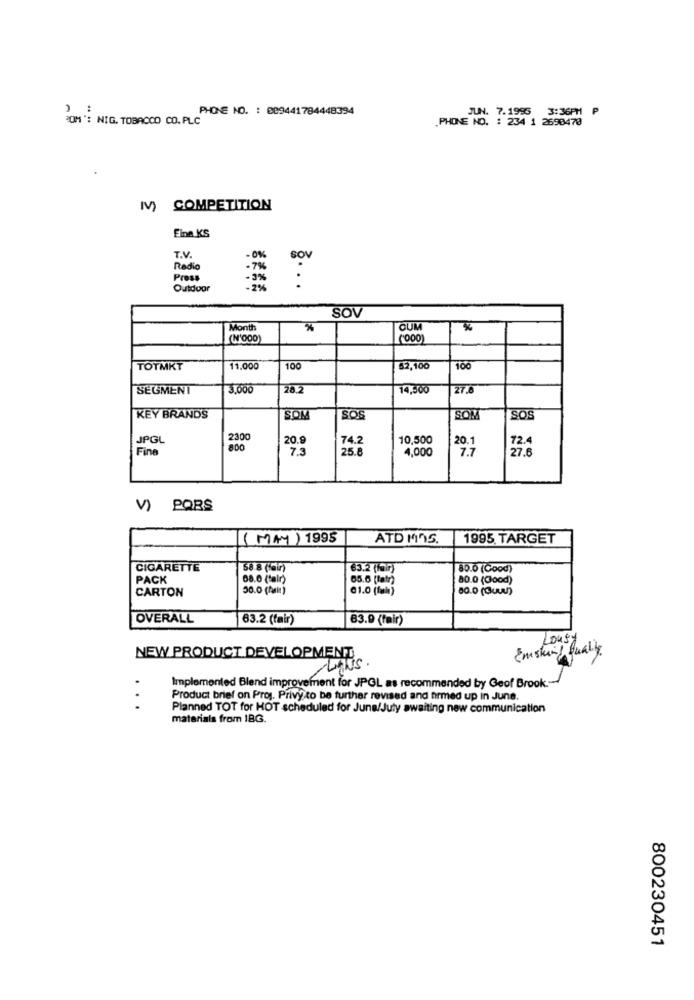
:
PHONE NO. : 009441784448394
JUN. 7.1995 3:36PM P
POM ": NIG. TOBACCO CO. PLC
.PHONE NO. : 234 1 2698470
M) COMPETITION
Eine KS
T.V.
-0%
SOM
Radio
Press
Outdoor
.2%
..
sov
Month
%%
CUM
(N'ODO)
TOTMKT
11,000
100
52,100
100
SEGMENT
3.000
26.2
14,500
27.6
KEY BRANDS
SOM
SOS
SOM
SOS
JPGL
2300
20.
74.2
10,500
20.1
72.4
Fine
800
7.3
25.8
4,000
7.7
27.6
V) PORS
( MAY) 1995
ATD MAS.
1995 TARGET
CIGARETTE
58.8 (fair)
63.2 (fr)
80.0 (Good)
PACK
08.0 (tair)
65.6 [tatr)
80.0 (Good)
CARTON
30.0 (fair )
@1.0 (fala)
80.0 (4)
OVERALL
63.2 (fair)
83.9 (fmir)
Lousy
Emsking Quality
NEW PRODUCT DEVELOPMENT
/ANS.
Implemented Blend improvement for JPGL as recommended by Geof Brook .-
Product brief on Proj. Privy to be further revised and firmed up in June.
...
Planned TOT for HOT scheduled for June/July awaiting new communication
materials from IBG.
800230451